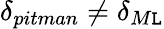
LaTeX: \delta_{pitman}\neq\delta_{M\mathtt{L}}